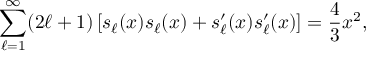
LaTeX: \sum _ { \ell = 1 } ^ { \infty } ( 2 \ell + 1 ) \left[ s _ { \ell } ( x ) s _ { \ell } ( x ) + s _ { \ell } ^ { \prime } ( x ) s _ { \ell } ^ { \prime } ( x ) \right] = { \frac { 4 } { 3 } } x ^ { 2 } ,